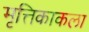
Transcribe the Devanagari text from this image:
मृत्तिकाकला